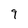
Character: 9